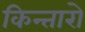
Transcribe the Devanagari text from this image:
किन्तारो